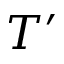
T ^ { \prime }